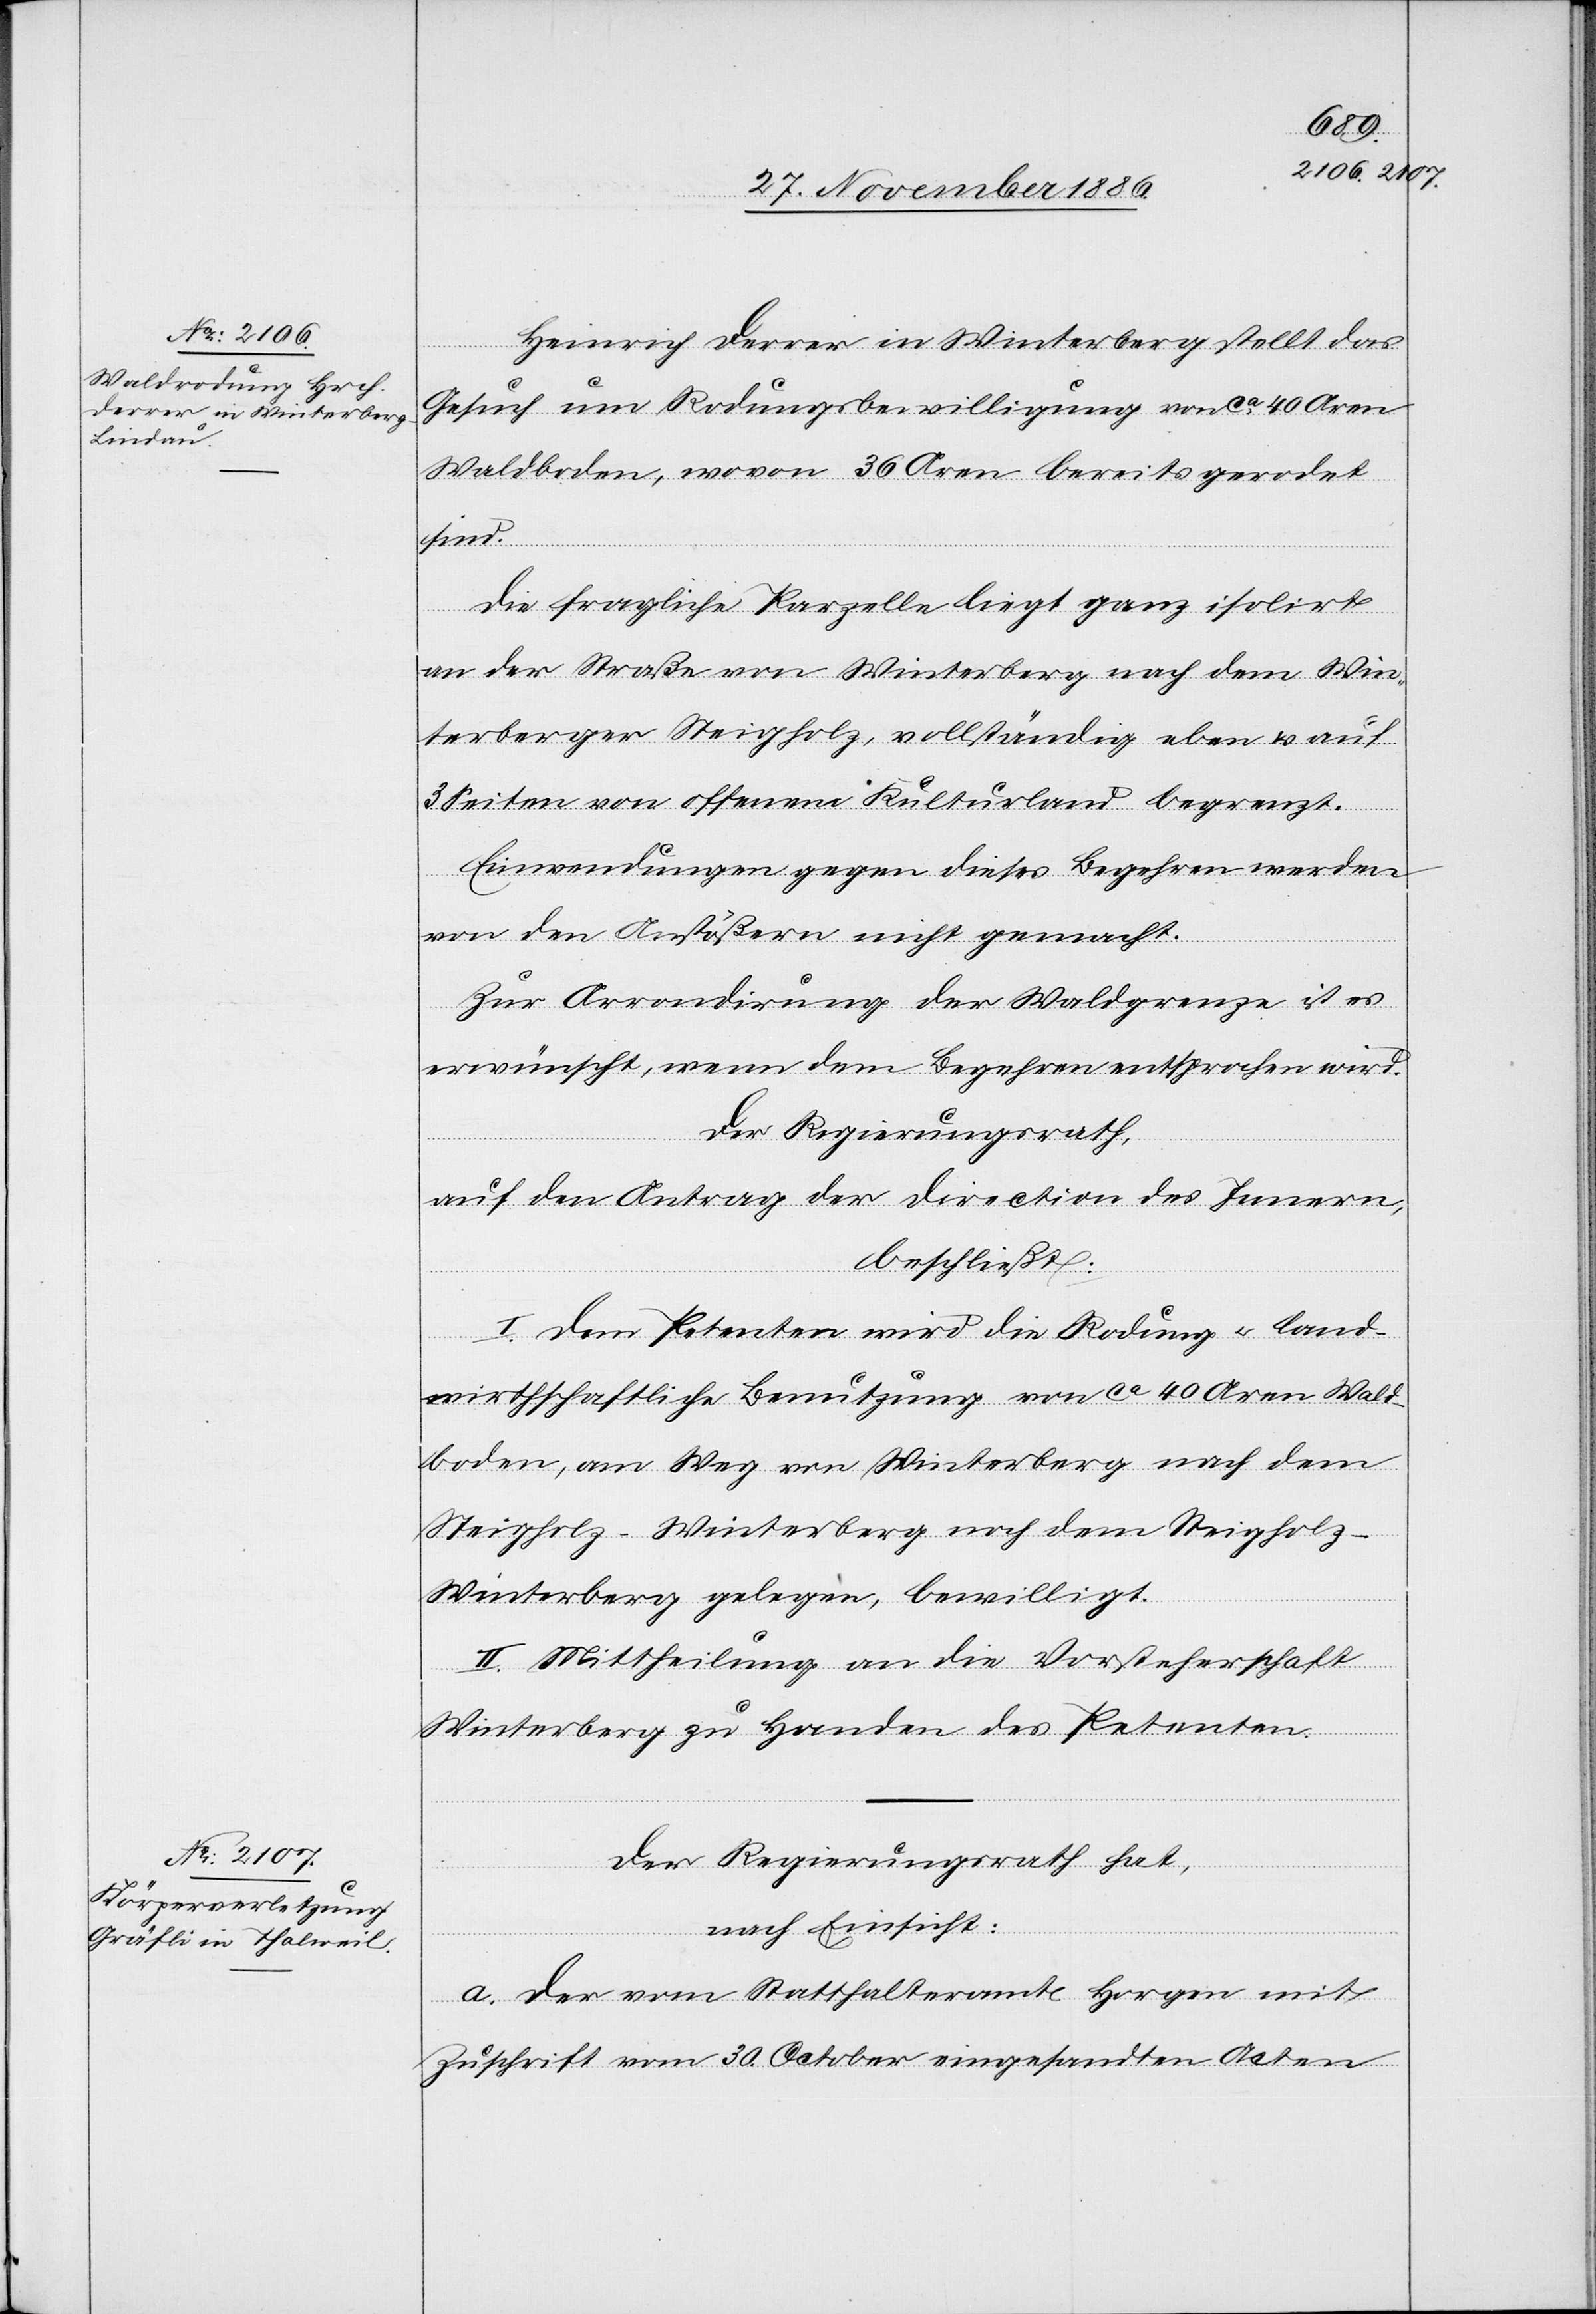
Heinrich Derrer in Winterthur stellt das
Gesuch um Rodungsbewilligung von ca 40 Aren
Waldboden, wovon 36 Aren bereits gerodet
sind.
Die fragliche Parzelle liegt ganz isolirt
an der Straße von Winterberg nach dem Win¬
terberger Steigholz, vollständig eben & auf
3 Seiten von offenem Kulturland begrenzt.
bewilligt.
Einwendungen gegen dieses Begehren werden
von den Anstößern nicht gemacht.
Zur Arrondirung der Waldgrenze ist es
erwünscht, wenn dem Begehren entsprochen wird.
Der Regierungsrath,
auf den Antrag der Direction des Innern,
beschließt:
I. Dem Petenten wird die Rodung & land¬
wirthschaftliche Benutzung von ca 40 Aren Wald¬
boden, am Weg von Winterberg nach dem
Steigholz - Winterberg noch dem Steigholz -
berg
II. Mittheilung an die Vorsteherschaft
Winterberg zu Handen des Petenten.
Der Regierungsrath hat,
nach Einsicht:
a. der vom Statthalteramt Horgen mit
Zuschrift vom 30. October eingesandten Acten